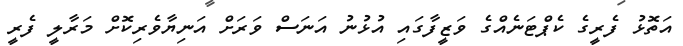
އަތޮޅު ފެރީގެ ކެޕްޓަނެއްގެ ވަޒީފާގައި އުޅުނު އަނަސް ވަރަށް އަނިޔާވެރިކޮށް މަރާލީ ފެރީ